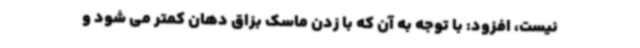
نیست، افزود: با توجه به آن که با زدن ماسک بزاق دهان کمتر می شود و